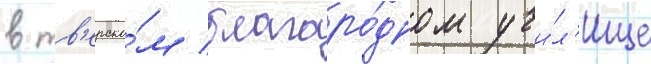
в тв'ерско́м благоро́дном учи́л'ище